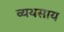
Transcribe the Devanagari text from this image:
व्ययसाय